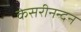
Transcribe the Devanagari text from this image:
केसरीनन्दन